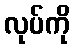
လုပ်ကို